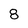
Character: 8